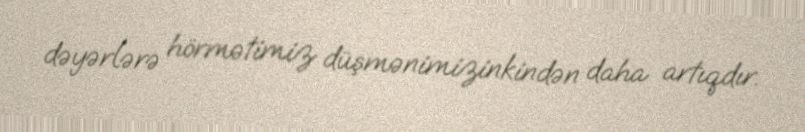
dəyərlərə hörmətimiz düşmənimizinkindən daha artıqdır.